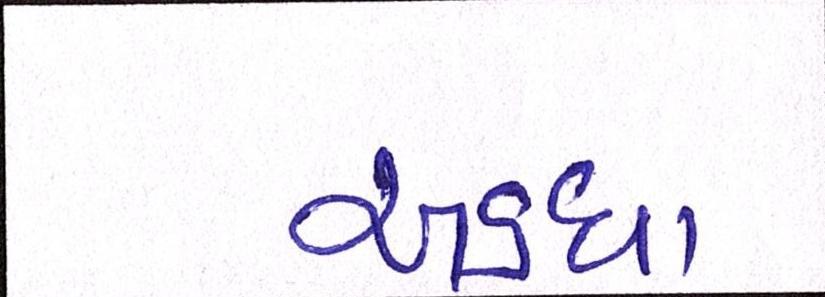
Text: અડધા